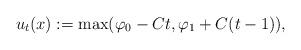
LaTeX: \begin{align*} u_t(x):=\max(\varphi_0-Ct, \varphi_1+C(t-1)), \end{align*}